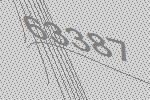
63387